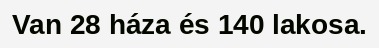
Van 28 háza és 140 lakosa.